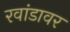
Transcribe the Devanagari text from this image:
रवांडावर